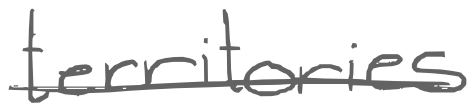
Text: territories
Cross-out: single-line
Writing tool: digital_gray